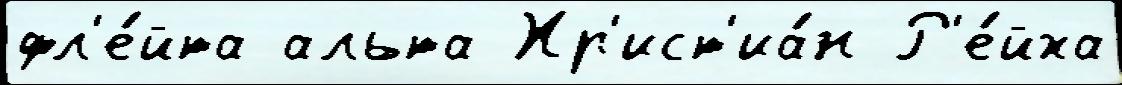
фл'е́йта альта Хр'ист'иа́н Р'е́йха